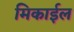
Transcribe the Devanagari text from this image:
मिकाईल